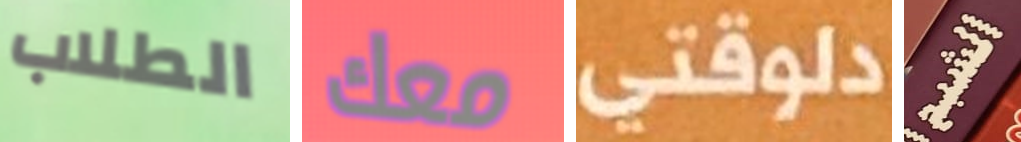
الطلاب معك دلوقتى الشبح